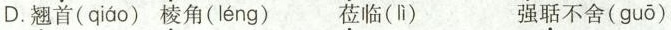
D.\underset{·}{翘}首( qiáo )\underset{·}{棱}角( léng ) \underset{·}{莅}临(lì) 强\underset{·}{聒}不舍( guō )